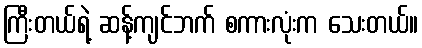
ကြီးတယ်ရဲ့ ဆန့်ကျင်ဘက် စကားလုံးက သေးတယ်။